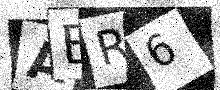
Text: ABR6